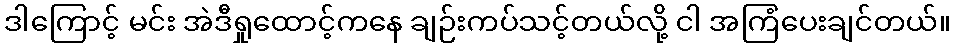
ဒါကြောင့် မင်း အဲဒီရှုထောင့်ကနေ ချဉ်းကပ်သင့်တယ်လို့ ငါ အကြံပေးချင်တယ်။